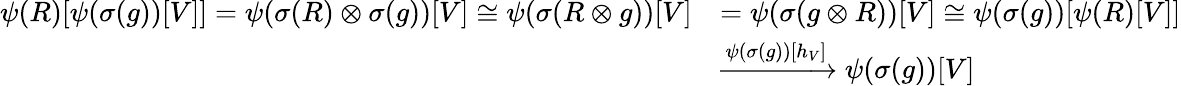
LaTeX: \begin{array}{rl}{\psi(R)[\psi(\sigma(g))[V]]=\psi(\sigma(R)\otimes\sigma(g))[V]\cong\psi(\sigma(R\otimes g))[V]}&{=\psi(\sigma(g\otimes R))[V]\cong\psi(\sigma(g))[\psi(R)[V]]}\\ &{\xrightarrow{\psi(\sigma(g))[h_{V}]}\psi(\sigma(g))[V]}\end{array}